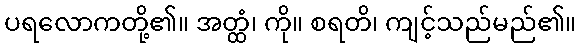
ပရလောကတို့၏။ အတ္ထံ၊ ကို။ စရတိ၊ ကျင့်သည်မည်၏။